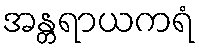
အန္တရာယကရံ